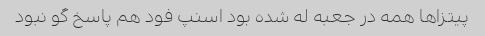
پیتزاها همه در جعبه له شده بود اسنپ فود هم پاسخ گو نبود